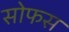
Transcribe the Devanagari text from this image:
सोफस